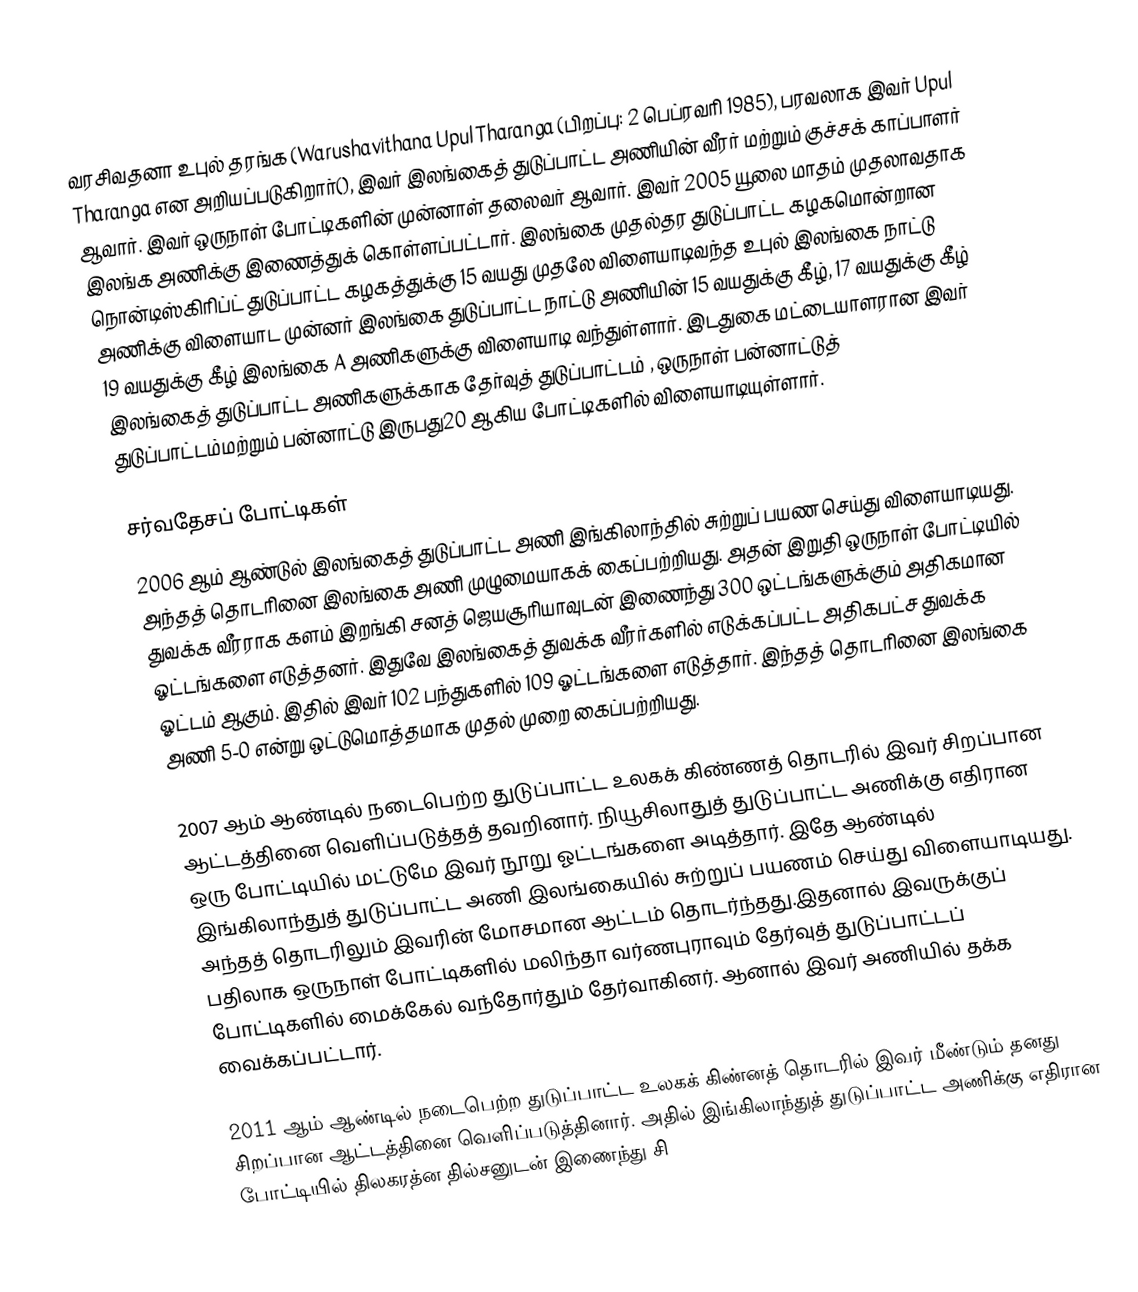
வரசிவதனா உபுல் தரங்க (Warushavithana Upul Tharanga (பிறப்பு: 2 பெப்ரவரி 1985), பரவலாக இவர்  Upul Tharanga  என அறியப்படுகிறார்(), இவர் இலங்கைத் துடுப்பாட்ட அணியின் வீரர் மற்றும் குச்சக் காப்பாளர் ஆவார். இவர் ஒருநாள் போட்டிகளின் முன்னாள்  தலைவர் ஆவார். இவர் 2005 யூலை மாதம் முதலாவதாக இலங்க அணிக்கு இணைத்துக் கொள்ளப்பட்டார். இலங்கை முதல்தர துடுப்பாட்ட கழகமொன்றான நொன்டிஸ்கிரிப்ட் துடுப்பாட்ட கழகத்துக்கு 15 வயது முதலே விளையாடிவந்த உபுல் இலங்கை நாட்டு அணிக்கு விளையாட முன்னர் இலங்கை துடுப்பாட்ட நாட்டு அணியின் 15 வயதுக்கு கீழ், 17 வயதுக்கு கீழ் 19 வயதுக்கு கீழ் இலங்கை A அணிகளுக்கு விளையாடி வந்துள்ளார். இடதுகை மட்டையாளரான இவர் இலங்கைத் துடுப்பாட்ட அணிகளுக்காக தேர்வுத் துடுப்பாட்டம் , ஒருநாள் பன்னாட்டுத் துடுப்பாட்டம்மற்றும் பன்னாட்டு இருபது20 ஆகிய போட்டிகளில் விளையாடியுள்ளார்.

சர்வதேசப் போட்டிகள்
2006 ஆம் ஆண்டுல் இலங்கைத் துடுப்பாட்ட அணி இங்கிலாந்தில் சுற்றுப் பயண செய்து விளையாடியது. அந்தத் தொடரினை இலங்கை அணி முழுமையாகக் கைப்பற்றியது. அதன்  இறுதி ஒருநாள் போட்டியில் துவக்க வீரராக களம் இறங்கி சனத் ஜெயசூரியாவுடன் இணைந்து 300 ஒட்டங்களுக்கும் அதிகமான ஓட்டங்களை எடுத்தனர். இதுவே இலங்கைத் துவக்க வீரர்களில் எடுக்கப்பட்ட அதிகபட்ச துவக்க ஓட்டம் ஆகும். இதில் இவர் 102 பந்துகளில் 109 ஓட்டங்களை எடுத்தார். இந்தத் தொடரினை இலங்கை அணி 5-0 என்று ஒட்டுமொத்தமாக முதல் முறை கைப்பற்றியது.

2007 ஆம் ஆண்டில் நடைபெற்ற துடுப்பாட்ட உலகக் கிண்ணத் தொடரில் இவர் சிறப்பான ஆட்டத்தினை வெளிப்படுத்தத் தவறினார். நியூசிலாதுத் துடுப்பாட்ட அணிக்கு எதிரான ஒரு போட்டியில் மட்டுமே இவர் நூறு ஓட்டங்களை அடித்தார். இதே ஆண்டில் இங்கிலாந்துத் துடுப்பாட்ட அணி இலங்கையில் சுற்றுப் பயணம் செய்து விளையாடியது. அந்தத் தொடரிலும் இவரின் மோசமான ஆட்டம் தொடர்ந்தது.இதனால் இவருக்குப் பதிலாக ஒருநாள் போட்டிகளில் மலிந்தா வர்ணபுராவும் தேர்வுத் துடுப்பாட்டப் போட்டிகளில் மைக்கேல் வந்தோர்தும் தேர்வாகினர். ஆனால் இவர் அணியில் தக்க வைக்கப்பட்டார்.

2011 ஆம் ஆண்டில் நடைபெற்ற துடுப்பாட்ட உலகக் கிண்னத் தொடரில் இவர் மீண்டும் தனது சிறப்பான ஆட்டத்தினை வெளிப்படுத்தினார். அதில் இங்கிலாந்துத் துடுப்பாட்ட அணிக்கு எதிரான போட்டியில் திலகரத்ன தில்சனுடன் இணைந்து சி